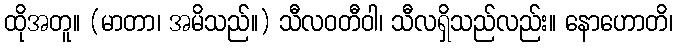
ထိုအတူ။ (မာတာ၊ အမိသည်။) သီလဝတီဝါ၊ သီလရှိသည်လည်း။ နောဟောတိ၊